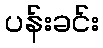
ပန်းခင်း